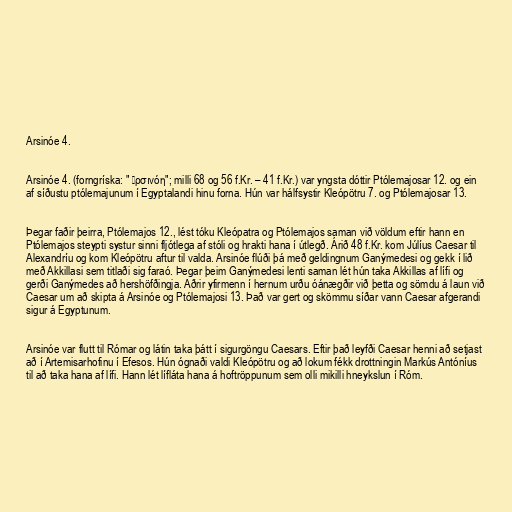
Arsinóe 4.

Arsinóe 4. (forngríska: " Ἀρσινόη"; milli 68 og 56 f.Kr. – 41 f.Kr.) var yngsta dóttir Ptólemajosar 12. og ein
af síðustu ptólemajunum í Egyptalandi hinu forna. Hún var hálfsystir Kleópötru 7. og Ptólemajosar 13.

Þegar faðir þeirra, Ptólemajos 12., lést tóku Kleópatra og Ptólemajos saman við völdum eftir hann en
Ptólemajos steypti systur sinni fljótlega af stóli og hrakti hana í útlegð. Árið 48 f.Kr. kom Júlíus Caesar til
Alexandríu og kom Kleópötru aftur til valda. Arsinóe flúði þá með geldingnum Ganýmedesi og gekk í lið
með Akkillasi sem titlaði sig faraó. Þegar þeim Ganýmedesi lenti saman lét hún taka Akkillas af lífi og
gerði Ganýmedes að hershöfðingja. Aðrir yfirmenn í hernum urðu óánægðir við þetta og sömdu á laun við
Caesar um að skipta á Arsinóe og Ptólemajosi 13. Það var gert og skömmu síðar vann Caesar afgerandi
sigur á Egyptunum.

Arsinóe var flutt til Rómar og látin taka þátt í sigurgöngu Caesars. Eftir það leyfði Caesar henni að setjast
að í Artemisarhofinu í Efesos. Hún ógnaði valdi Kleópötru og að lokum fékk drottningin Markús Antóníus
til að taka hana af lífi. Hann lét lífláta hana á hoftröppunum sem olli mikilli hneykslun í Róm.